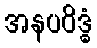
အနပဝိဒ္ဓံ